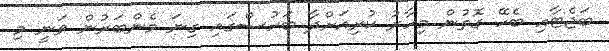
ބަޖެޓާއި ބެހޭ ގޮތުން މިހާރު ކުރިއަށްދާ ބަހުސްގައި ގިނަ މެންބަރުން ވަނީ މި